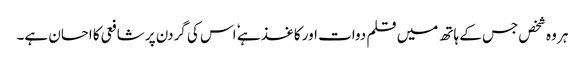
ہر وہ شخص جس کے ہاتھ میں قلم دوات اور کاغذ ہے ٗ اس کی گردن پر شافعی کا احسان ہے۔